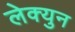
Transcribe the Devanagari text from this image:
लेक्युन